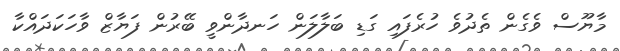
މާޔޫސް ވެގެން ތެދުވެ ހުރެފައި ގަޑި ބަލާލަން ހަނދާންވީ ބޭރުން ފަޔާޒް ވާހަކަދައްކާ